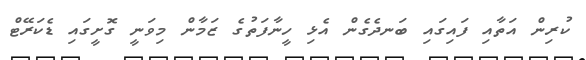
ކުރިން އަތާއި ފައިގައި ބަނދެގެން އެޅި ހީނާފަތުގެ ޒަމާން މިވަނީ ގޮށީގައި ޑެކަރޭޓް